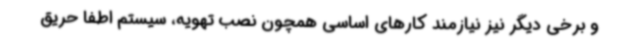
و برخی دیگر نیز نیازمند کارهای اساسی همچون نصب تهویه، سیستم اطفا حریق